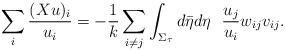
LaTeX: \begin{align*}\sum_i \frac{(Xu)_i}{u_i} =-\frac{1}{k}\sum_{i\neq j}\int_{\Sigma_{\tau}}d\bar{\eta} d\eta~~\frac{u_j}{u_i}w_{ij}v_{ij}.\end{align*}